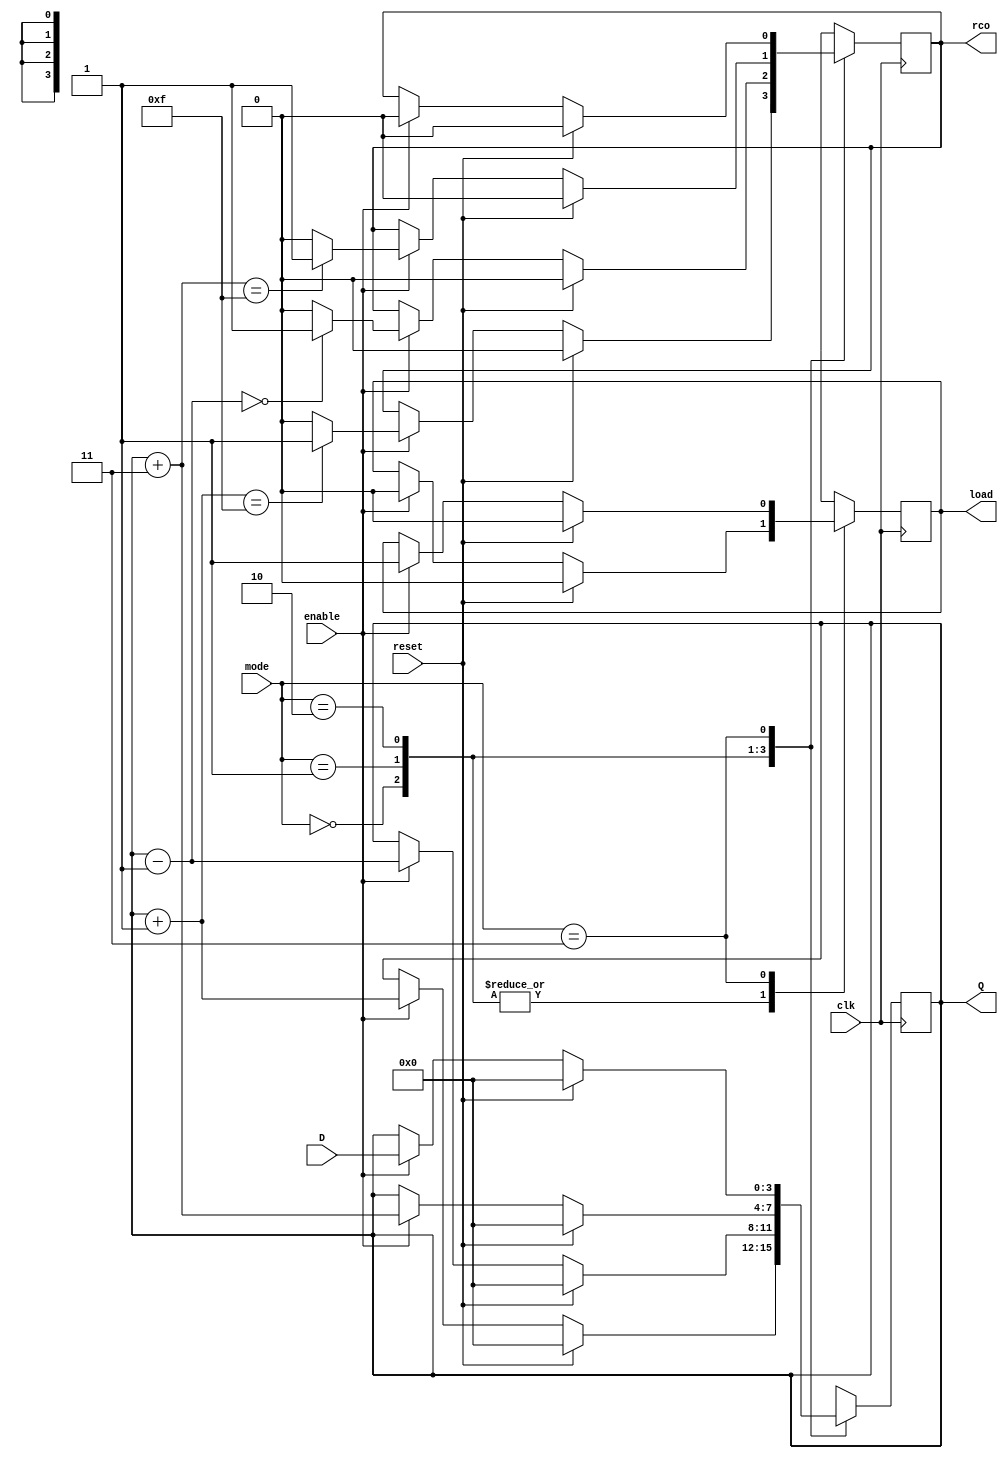
// -----------------------------------------------
// Contador 4 bits 
// -----------------------------------------------
// Entradas: enable,clk,reset,mode,D
// Salida: load,rco,Q

module contador(
	input enable, 
	input clk, 
	input reset, 
	input [1:0] mode,
	input [3:0] D,
	output reg load,
	output reg rco,
 	output reg [3:0] Q
);		
initial Q = 0;
always @ (posedge clk) begin
	case(mode)
      		2'b00    : begin
				if(reset == 1) begin
					load = 0;
					rco  = 0;
					Q    = 0;
				end else begin 
					if(enable == 1) begin
						Q = Q + 1'b1;
						load = 0;
						if (Q == 4'b1111)
							rco = 1;
						else 
							rco = 0;
					end 
				end
			end
      		2'b01    : begin 

				if(reset == 1) begin
					load = 0;
					rco  = 0;
					Q    = 0;
				end else begin 
					if(enable == 1) begin
						Q = Q - 1'b1;
						load = 0;
						if (Q == 0)
							rco = 1;
						else 
							rco = 0;
					end
				end 
			end
			2'b10 	: begin
				if(reset == 1) begin
					load = 0;
					rco  = 0;
					Q    = 0;
				end else begin 
					if(enable == 1) begin
						Q = Q + 2'b11;
						load = 0;
						if (Q == 4'b1111)
							rco = 1;
						else 
							rco = 0;
					end
				end 
			end
			2'b11 	: begin
				if(reset == 1) begin
					load = 0;
					rco  = 0;
					Q    = 0;
				end else begin 
					if(enable == 1) begin
						Q = D;
						load = 1;
						rco = 0;
					end
				end 
			end

    	endcase
end
endmodule